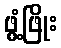
ဖွံ့ဖြိုး